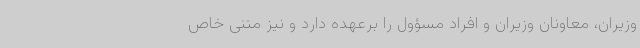
وزیران، معاونان وزیران و افراد مسؤول را برعهده دارد و نیز متنی خاص